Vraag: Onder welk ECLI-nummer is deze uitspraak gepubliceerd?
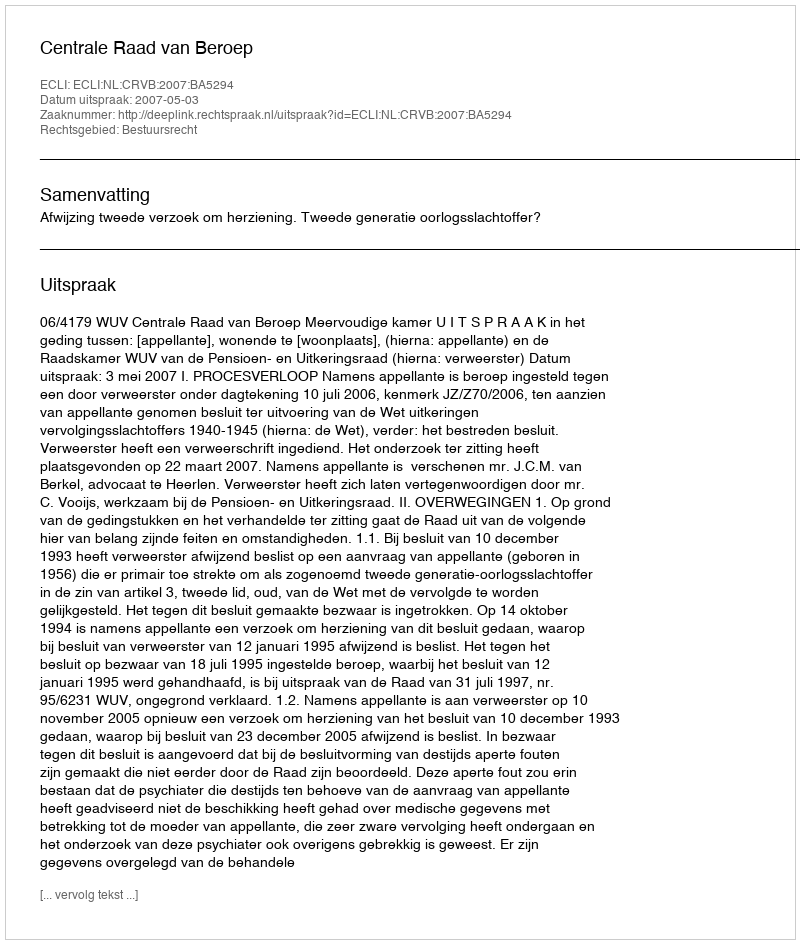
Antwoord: ECLI:NL:CRVB:2007:BA5294